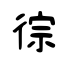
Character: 徖